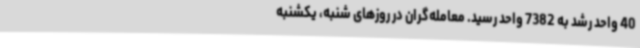
40 واحد رشد به 7382 واحد رسید. معامله‌گران در روزهای شنبه، یکشنبه